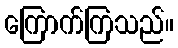
ကြောက်ကြသည်။